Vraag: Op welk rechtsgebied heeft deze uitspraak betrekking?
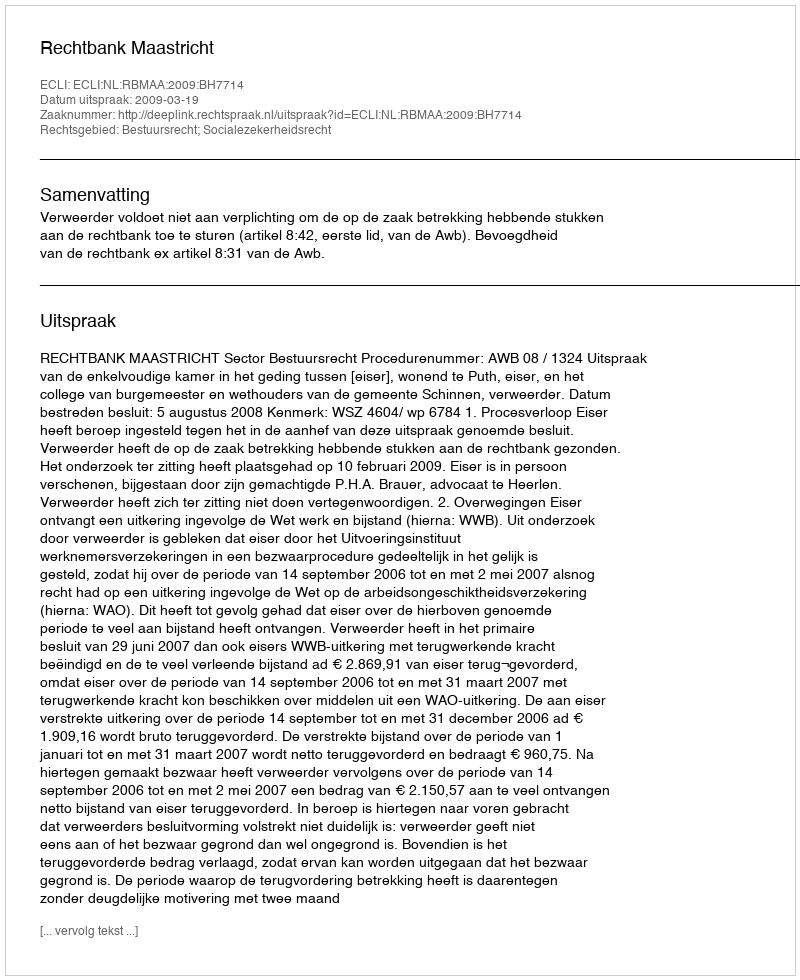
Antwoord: Bestuursrecht; Socialezekerheidsrecht